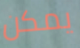
يمكن